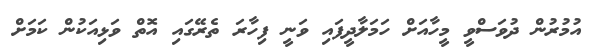
އުމުރުން ދުވަސްވީ މީހާއަށް ހަމަލާދީފައި ވަނީ ފިހާރަ ތެރޭގައި އޮތް ވަޅިއަކުން ކަމަށް